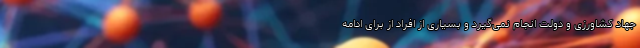
جهاد کشاورزی و دولت انجام نمی‌گیرد و بسیاری از افراد از برای ادامه